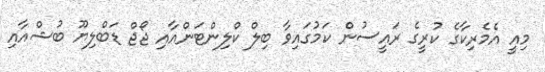
މިއީ އެމެރިކާގެ ކުރީގެ ރައީސުން ކަމުގައިވާ ބިލް ކްލިންޓަންއާއި ޖޯޖް ޑަބްލިޔޫ ބުޝްއާއި